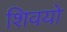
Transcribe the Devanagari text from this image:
शिवयो